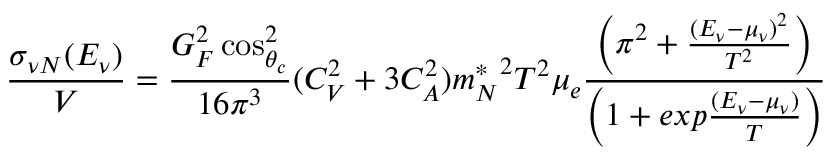
\frac { \sigma _ { \nu N } ( E _ { \nu } ) } { V } = \frac { G _ { F } ^ { 2 } \cos _ { \theta _ { c } } ^ { 2 } } { 1 6 \pi ^ { 3 } } ( C _ { V } ^ { 2 } + 3 C _ { A } ^ { 2 } ) { m _ { N } ^ { * } } ^ { 2 } T ^ { 2 } \mu _ { e } \frac { \left( \pi ^ { 2 } + \frac { ( E _ { \nu } - \mu _ { \nu } ) ^ { 2 } } { T ^ { 2 } } \right) } { \left( 1 + e x p \frac { ( E _ { \nu } - \mu _ { \nu } ) } { T } \right) }